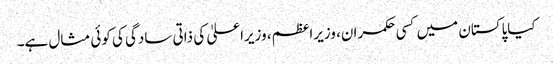
کیاپاکستان میں کسی حکمران، وزیراعظم، وزیراعلیٰ کی ذاتی سادگی کی کوئی مثال ہے۔